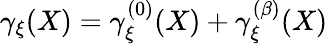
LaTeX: \gamma_{\xi}(X)=\gamma_{\xi}^{(0)}(X)+\gamma_{\xi}^{(\beta)}(X)